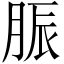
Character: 脤